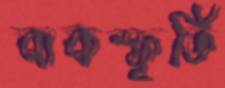
বাকস্ফূর্তি